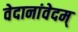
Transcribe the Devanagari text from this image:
वेदानांवेदम्